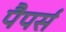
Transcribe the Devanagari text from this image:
पैपर्स